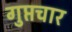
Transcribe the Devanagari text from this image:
गुप्तचार